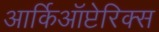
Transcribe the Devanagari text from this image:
आर्किऑप्टेरिक्स